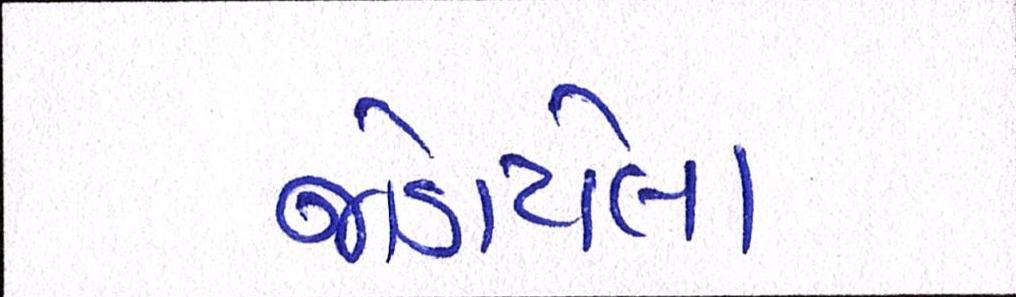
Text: જોડાયેલો